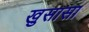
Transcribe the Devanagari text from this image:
खुसासा